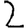
Digit: 2